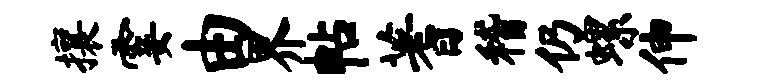
攘霎由界帖蓍稽仍螺伸